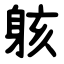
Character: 䠹